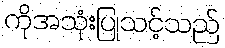
ကိုအသုံးပြုသင့်သည်